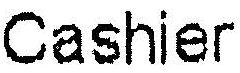
CASHIER